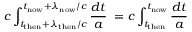
c \int _ { t _ { \mathrm { t h e n } } + \lambda _ { \mathrm { t h e n } } / c } ^ { t _ { \mathrm { n o w } } + \lambda _ { \mathrm { n o w } } / c } { \frac { d t } { a } } \; = c \int _ { t _ { \mathrm { t h e n } } } ^ { t _ { \mathrm { n o w } } } { \frac { d t } { a } }